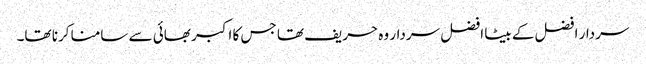
سردار افضل کے بیٹا افضل سردار وہ حریف تھا جس کا اکبر بھائی سے سامنا کرنا تھا۔